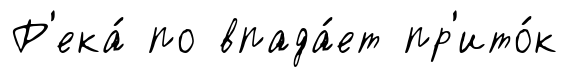
Р'ека́ по впада́ет пр'ито́к